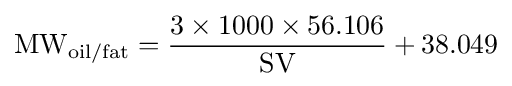
{\textrm {MW}}_{\textrm {oil/fat}}={\frac {3\times 1000\times 56.106}{\textrm {SV}}}+38.049